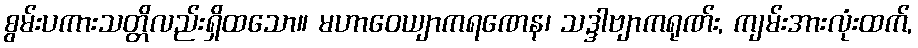
စွမ်းပကားသတ္တိလည်းရှိထသော။ မဟာဝေယျာကရဏေန၊ သဒ္ဒါဗျာကရုဏ်း, ကျမ်းအားလုံးထက်,